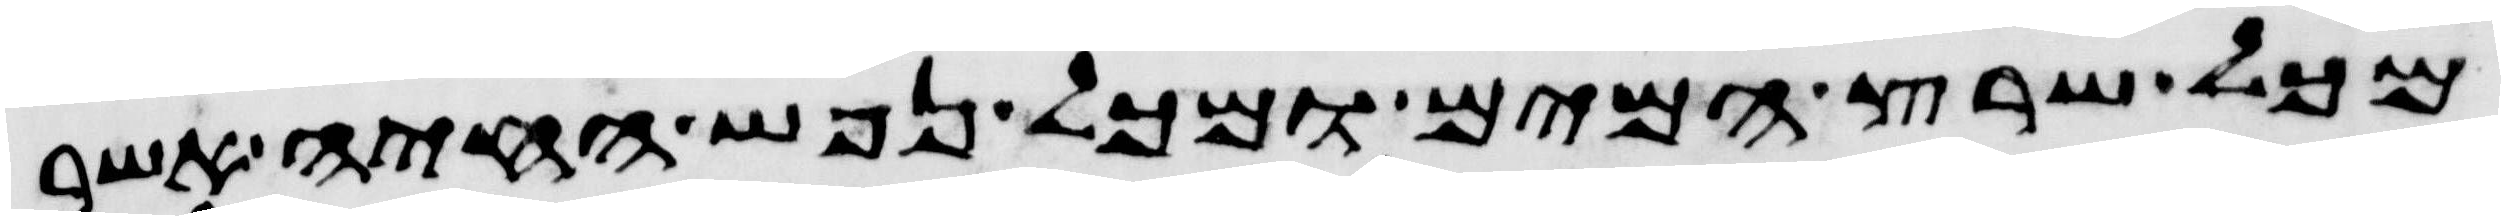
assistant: מכל שרץ המים ומכל נפש החיה אשר